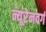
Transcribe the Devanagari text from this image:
न्यूरेनवर्ग